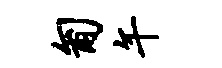
匍午